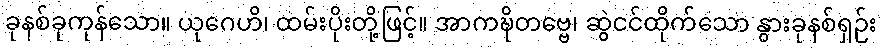
ခုနစ်ခုကုန်သော။ ယုဂေဟိ၊ ထမ်းပိုးတို့ဖြင့်။ အာကဍ္ဎိတဗ္ဗေ၊ ဆွဲငင်ထိုက်သော နွားခုနစ်ရှဉ်း